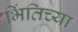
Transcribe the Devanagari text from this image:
भिंतिच्या